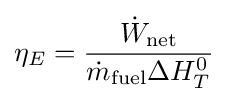
\eta _{E}={\frac {{\dot {W}}_{\text{net}}}{{\dot {m}}_{\text{fuel}}\Delta H_{T}^{0}}}